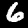
Digit: 6